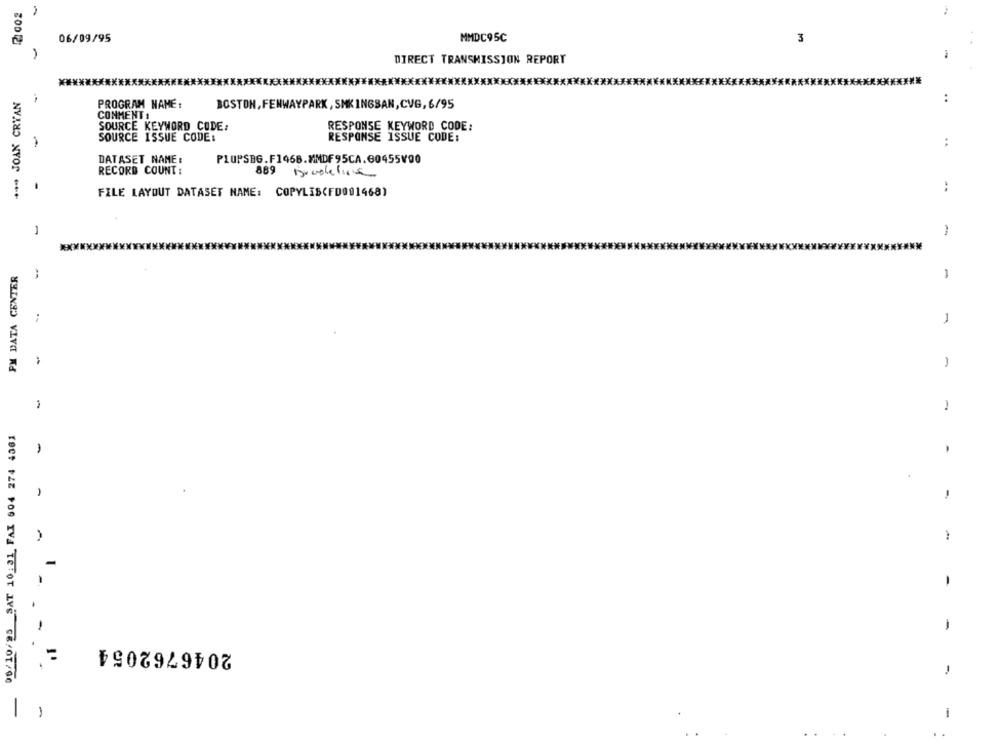
MMDC95C
06/09/95
3
DIRECT TRANSMISSION REPORT
*** JOAN CRYAN
PROGRAM NAME :
..
BOSTON, FENWAYPARK, SMKINGSAN,CVG, 6/95
COMMENT :
SOURCE KEYWORD CODE.
RESPONSE KEYWORD CODE:
SOURCE ISSUE CODE:
RESPONSE ISSUE CODE:
. .
DATASET NAME :
PLUPSBG.F1466.MMDF95CA.60455V00
RECORD COUNT :
889
FILE LAYOUT DATASET NAME: COPYLIS(FD001468)
PM DATA CENTER
-
1
-
98/10/95 SAT 10:31 FAX 904 274 4361
-
-
-
-
2046762054
-
-
-
-